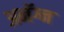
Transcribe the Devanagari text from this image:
अनॅग्न